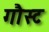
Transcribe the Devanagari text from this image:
गौस्ट